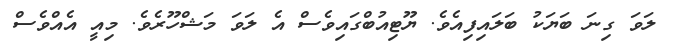
ލަވަ ގިނަ ބަޔަކު ބަލައިފިއެވެ. ޔޫޓިއުބްގައިވެސް އެ ލަވަ މަޝްހޫރެވެ. މިއީ އެއްވެސް